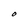
Character: O